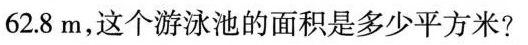
62.8m，这个游泳池的面积是多少平方米?